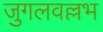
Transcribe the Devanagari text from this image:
जुगलवल्लभ